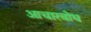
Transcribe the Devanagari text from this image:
आचारबोध